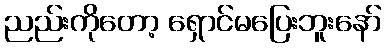
ညည်းကိုတော့ ရှောင်မပြေးဘူးနော်